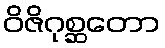
ဝိဇိဂုစ္ဆတော